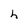
Character: h